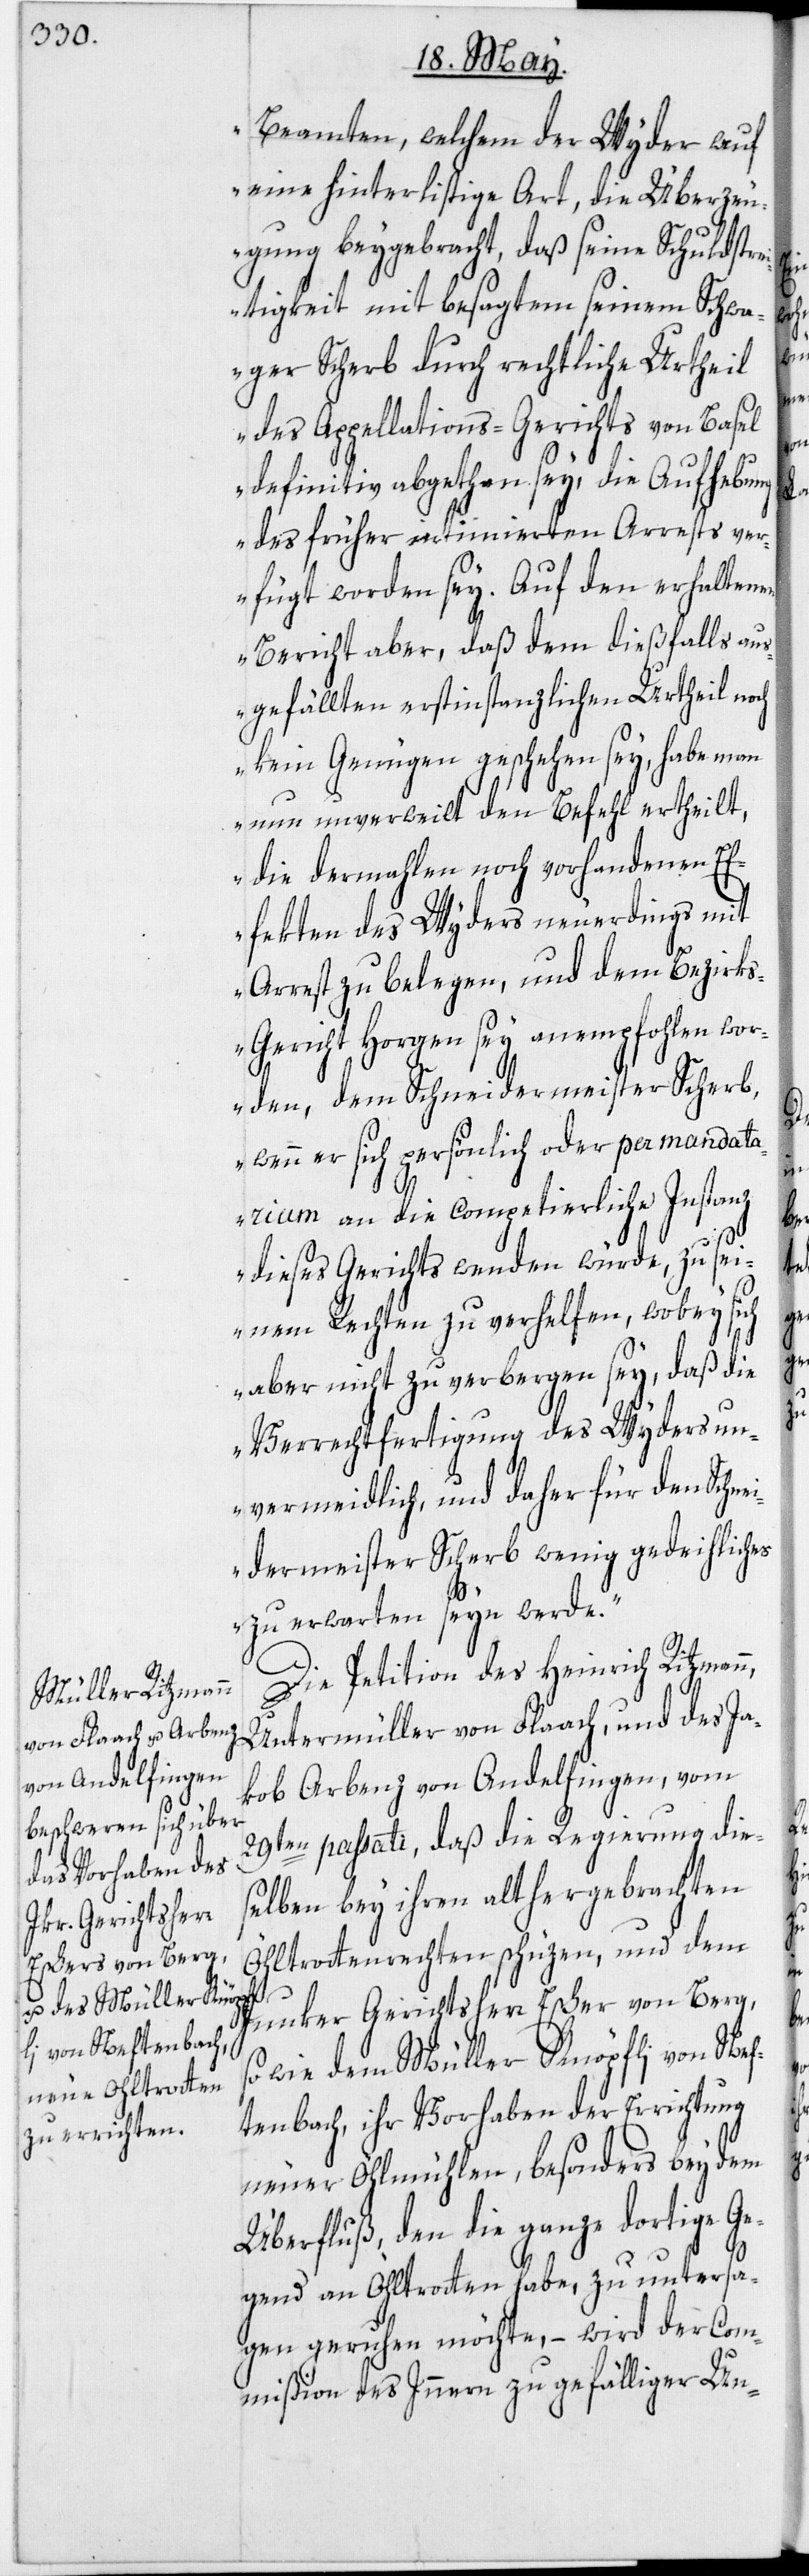
Beamten, welchem der Wyder auf
eine hinterlistige Art, die Überzeu¬
gung beygebracht, daß seine Schuldstre¬
itigkeit mit besagtem seinem Schwa¬
ger Scherb durch rechtliche[s] Urtheil
des Appellations-Gerichts von Basel
definitiv abgethan sey, die Aufhebung
des früher intimierten Arrests ver¬
fügt worden sey. Auf den erhaltenen
Bericht aber, daß dem dießfalls au¬
sgefällten erstinstanzlichen Urtheil noch
kein Genügen geschehen sey, habe man
nun unverweilt den Befehl ertheilt,
die dermahlen noch vorhandenen Ef¬
fekten des Wyders neuerdings mit
Arrest zu belegen, und dem Bezirk¬
s-Gericht Horgen sey anempfohlen wo¬
rden, dem Schneidermeister Scherb,
wenn er sich persönlich oder per mandata¬
rium an die competierliche Instanz
dieses Gerichts wenden würde, zu sei¬
nem Rechten zu verhelfen, wobey sich
aber nicht zu verbergen sey, daß die
Verrechtfertigung des Wyders un¬
vermeidlich, und daher für den Schne¬
idermeister Scherb wenig gedeihliches
zu erwarten seyn werde.“
Die Petition des Heinrich Ritzman¬
Untermüller von Flaach, und des Ja¬
kob Arbenz von Andelfingen, vom
29ten passati, daß die Regierung die¬
selben bey ihren althergebrachten
Öhltrottenrechten schüzen, und dem
Junker Gerichtsherr Escher von Berg,
wie dem Müller Knöpfli von Nef¬
tenbach, ihr Vorhaben der Errichtung
neuer Öhlmühlen, besonders bey dem
Überfluß, den die ganze dortige Ge¬
gend an Öhltrotten habe, zu untersa¬
gen geruhen möchte, – wird der Com¬
mißion des Innern zu gefälliger Un-

n,